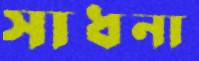
সাধনা